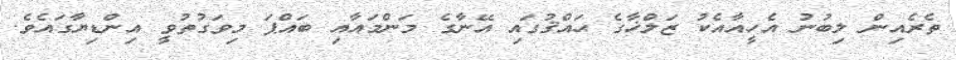
ތެރެއިން ލިބުނު އެހީއާއެކު ޒަލްޚާގެ ޙައްޤުގައި އޭނާގެ މަންމައާއި ބައްޕަ މިވަގުތުވީ އިންޑިޔާގައެވެ.